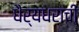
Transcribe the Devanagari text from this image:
धैर्यधराची